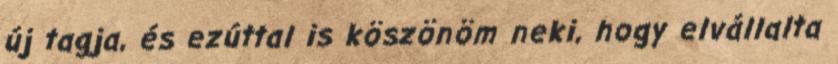
új tagja, és ezúttal is köszönöm neki, hogy elvállalta